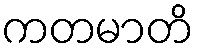
ကတမာတိ